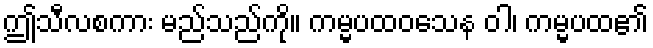
ဤသီလစကား မည်သည်ကို။ ကမ္မပထဝသေန ဝါ၊ ကမ္မပထ၏